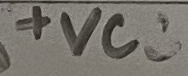
Text: +VCC